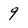
Character: 9